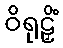
ဝိရုဠှိံ